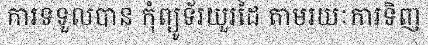
ការទទួលបាន កុំព្យូទ័រយួរដៃ តាមរយៈការទិញ